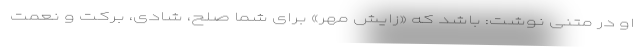
او در متنی نوشت: باشد که «زایش مهر» برای شما صلح، شادی، برکت و نعمت